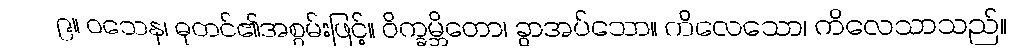
၉။ ဝသေန၊ ဓုတင်၏အစွမ်းဖြင့်။ ဝိက္ခမ္ဘိတော၊ ခွာအပ်သော။ ကိလေသော၊ ကိလေသာသည်။